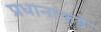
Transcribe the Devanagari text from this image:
प्रधानांकडे